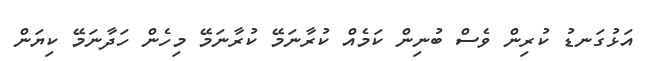
އަޅުގަނޑު ކުރިން ވެސް ބުނިން ކަމެއް ކުރާނަމޭ ކުރާނަމޭ މިހެން ހަދާނަމޭ ކިޔަން